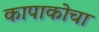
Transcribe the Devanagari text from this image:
कापाकोचा